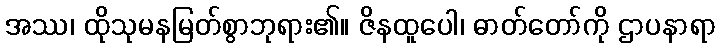
အဿ၊ ထိုသုမနမြတ်စွာဘုရား၏။ ဇိနထူပေါ၊ ဓာတ်တော်ကို ဌာပနာရာ